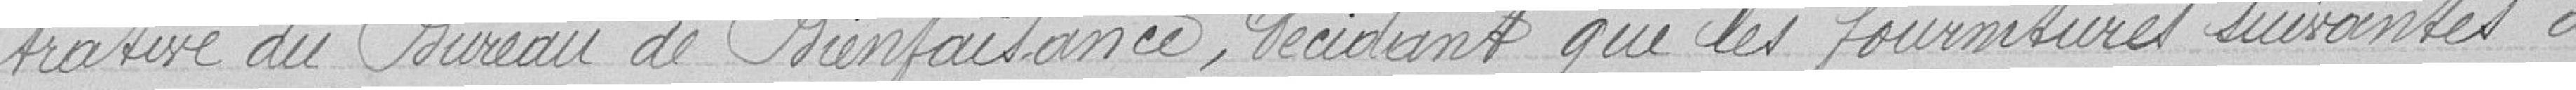
trative du Bureau de Bienfaisance, décidant que les fournitures suivantes à